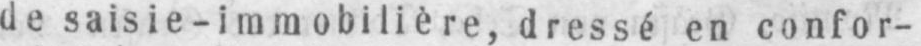
de saisie-immobilière, dressé en confor-